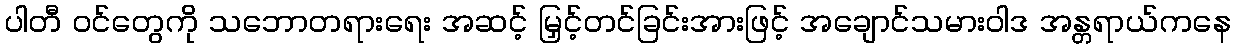
ပါတီ ဝင်တွေကို သဘောတရားရေး အဆင့် မြှင့်တင်ခြင်းအားဖြင့် အချောင်သမားဝါဒ အန္တရာယ်ကနေ